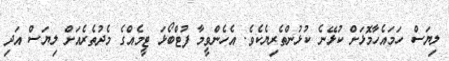
ލިޔަސް ހަމައެހާމޮޅަށް ކުޅޭނެ ކުޅުންތެރިޔެކެވެ. އެހެންވީމާ ފުޓްބޯޅަ ޓީމެއްގެ މެދުތެރެއަށް ލިޔަސް އަދި